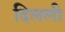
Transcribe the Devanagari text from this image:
दिलली